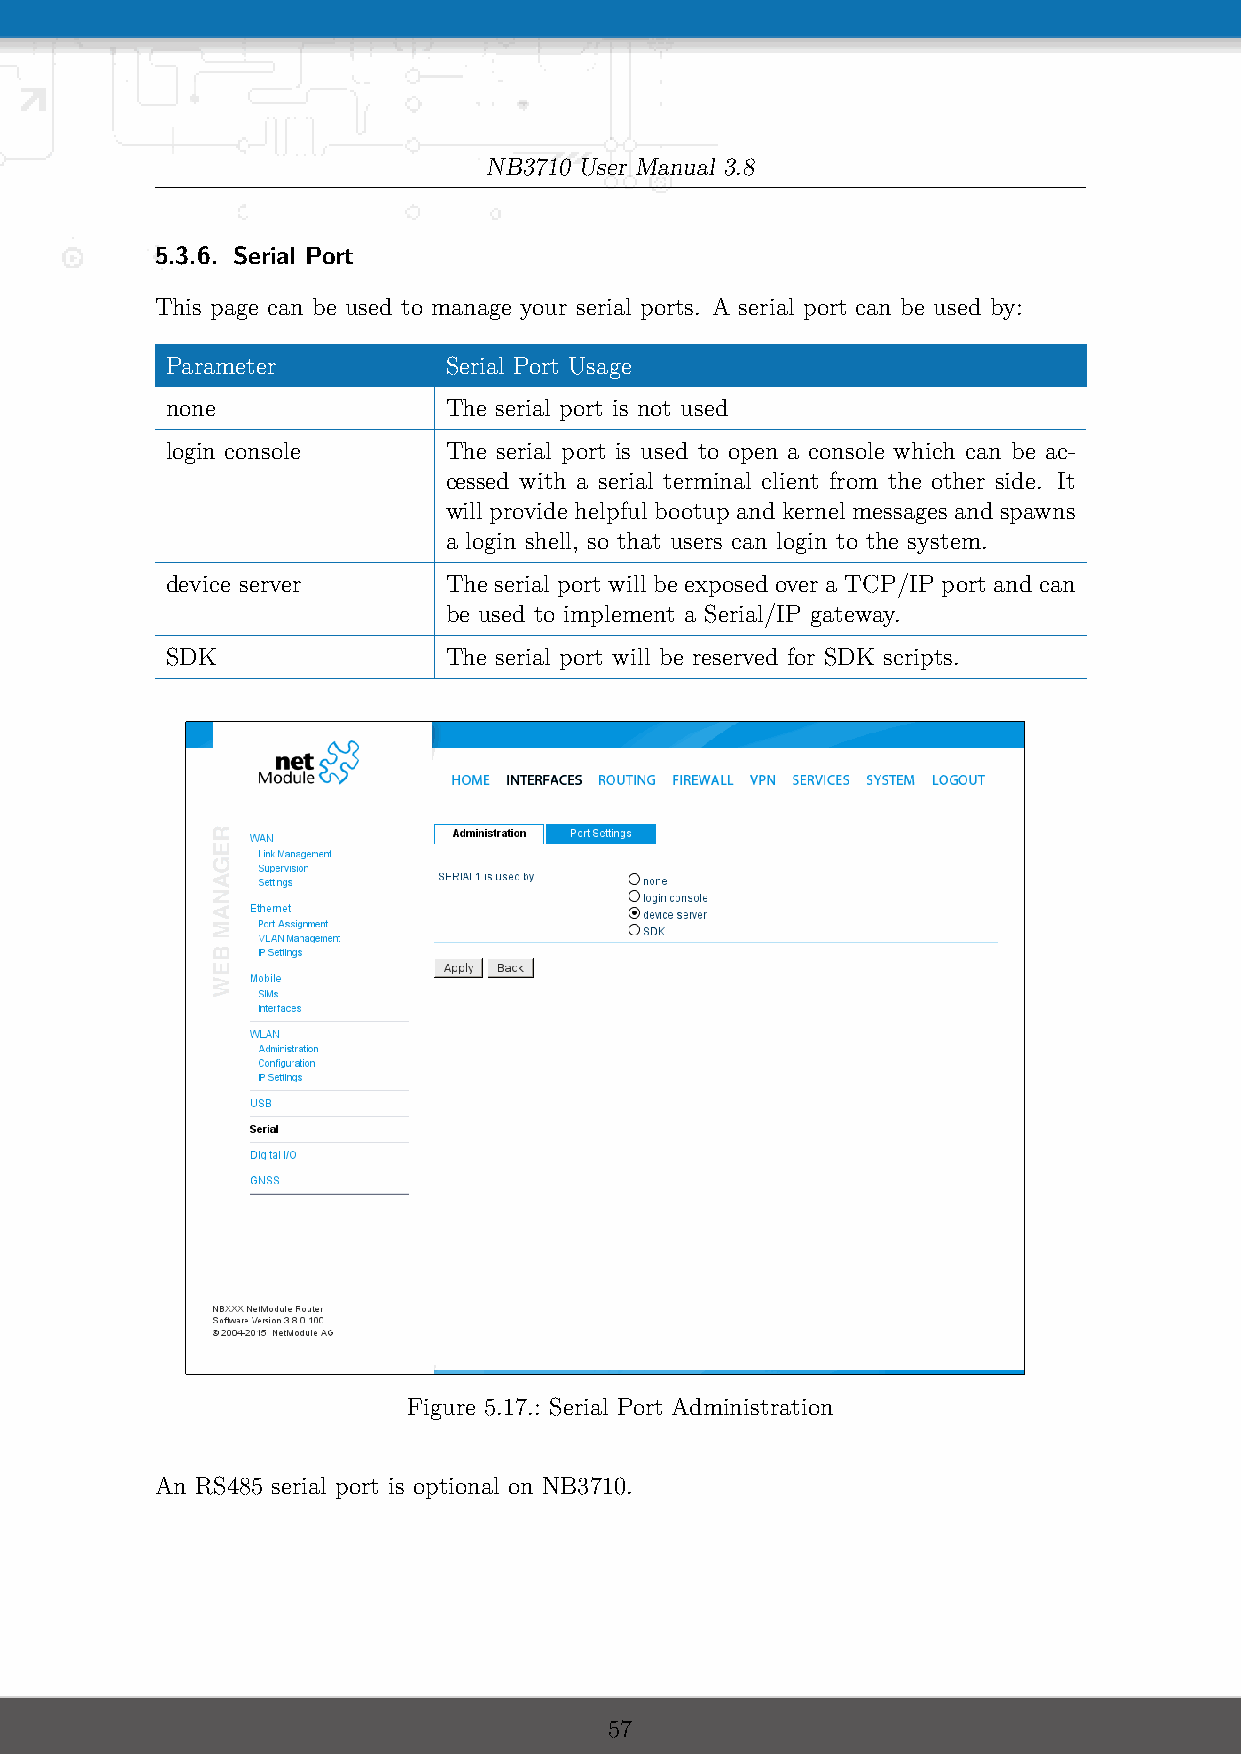
NB3710 User Manual 3.8
 5.3.6. Serial Port
 This page can be used to manage your serial ports. A serial port can be used by:
 Parameter         Serial Port Usage
 none              The serial port is not used
 login console     The serial port is used to open a console which can be ac-
 cessed with a serial terminal client from the other side. It
 will provide helpful bootup and kernel messages and spawns
 a login shell, so that users can login to the system.
 device server     The serial port will be exposed over a TCP/IP port and can
 be used to implement a Serial/IP gateway.
 SDK               The serial port will be reserved for SDK scripts.
 Figure 5.17.: Serial Port Administration
 An RS485 serial port is optional on NB3710.
 57